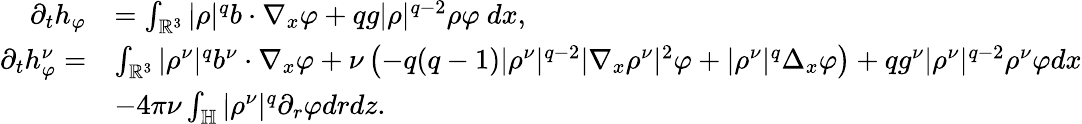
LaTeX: \begin{array}{rl}{\partial_{t}h_{\varphi}}&{=\int_{\mathbb{R}^{3}}|\rho|^{q}b\cdot\nabla_{x}\varphi+qg|\rho|^{q-2}\rho\varphi~dx,}\\ {\partial_{t}h_{\varphi}^{\nu}=}&{\int_{\mathbb{R}^{3}}|\rho^{\nu}|^{q}b^{\nu}\cdot\nabla_{x}\varphi+\nu\left(-q(q-1)|\rho^{\nu}|^{q-2}|\nabla_{x}\rho^{\nu}|^{2}\varphi+|\rho^{\nu}|^{q}\Delta_{x}\varphi\right)+qg^{\nu}|\rho^{\nu}|^{q-2}\rho^{\nu}\varphi dx}\\ &{-4\pi\nu\int_{\mathbb{H}}|\rho^{\nu}|^{q}\partial_{r}\varphi drdz.}\end{array}